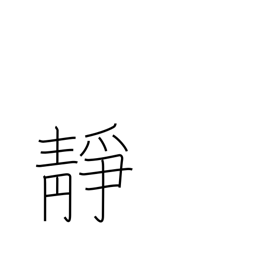
Meaning: quiet